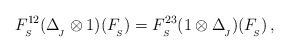
\begin{align*}F^{12}_{_{S}}(\Delta_{_{\!J}}^{}\otimes1)(F_{_{\!S}}^{})=F^{23}_{_{S}}(1\otimes\Delta_{_{\!J}}^{})(F_{_{\!S}}^{})\,,\end{align*}